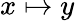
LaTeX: x\mapsto y